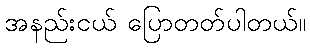
အနည်းငယ် ပြောတတ်ပါတယ်။